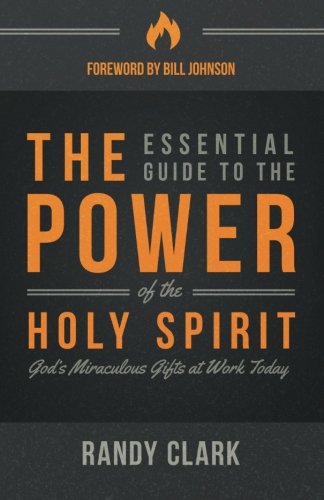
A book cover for The Essential Guide to the Power of the Holy Spirit: God's Miraculous Gifts at Work Today; Randy Clark; Christian Books & Bibles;